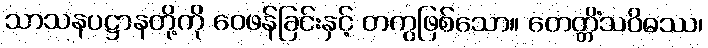
သာသနပဋ္ဌာနတို့ကို ဝေဖန်ခြင်းနှင့် တကွဖြစ်သော။ တေတ္တိံသဝိဓဿ၊